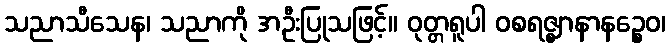
သညာသီသေန၊ သညာကို အဦးပြုသဖြင့်။ ဝုတ္တရူပါ ဝစရဇ္ဈာနာနဉ္စေဝ၊